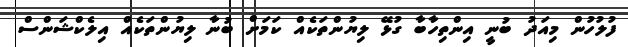
ފުލުހުން މިއަދު ބުނީ އިންތިހާބާ ގުޅޭ ލިޔުންތަކެއް ކަމަށް ބުނާ ލިޔުންތަކެއް އިލެކްޝަންސް